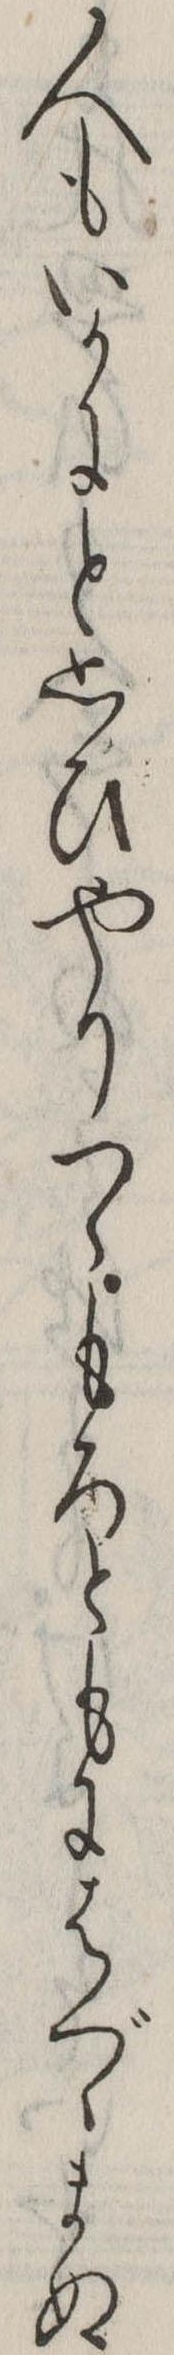
人もいかにと思ひやりつゝもろともにはぐゝまぬ